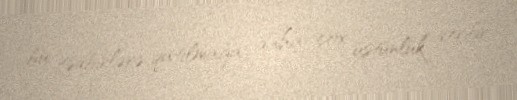
bu tədbirlərə qatılmağa daha çox üstünlük verilir”.